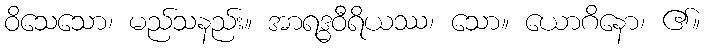
ဝိသေသော၊ မည်သနည်း။ အာရဒ္ဓဝီရိယဿ၊ သော။ ယောဂိနော၊ ၏။